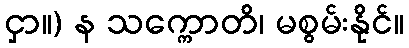
ငှာ။) န သက္ကောတိ၊ မစွမ်းနိုင်။